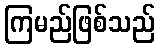
ကြမည်ဖြစ်သည်